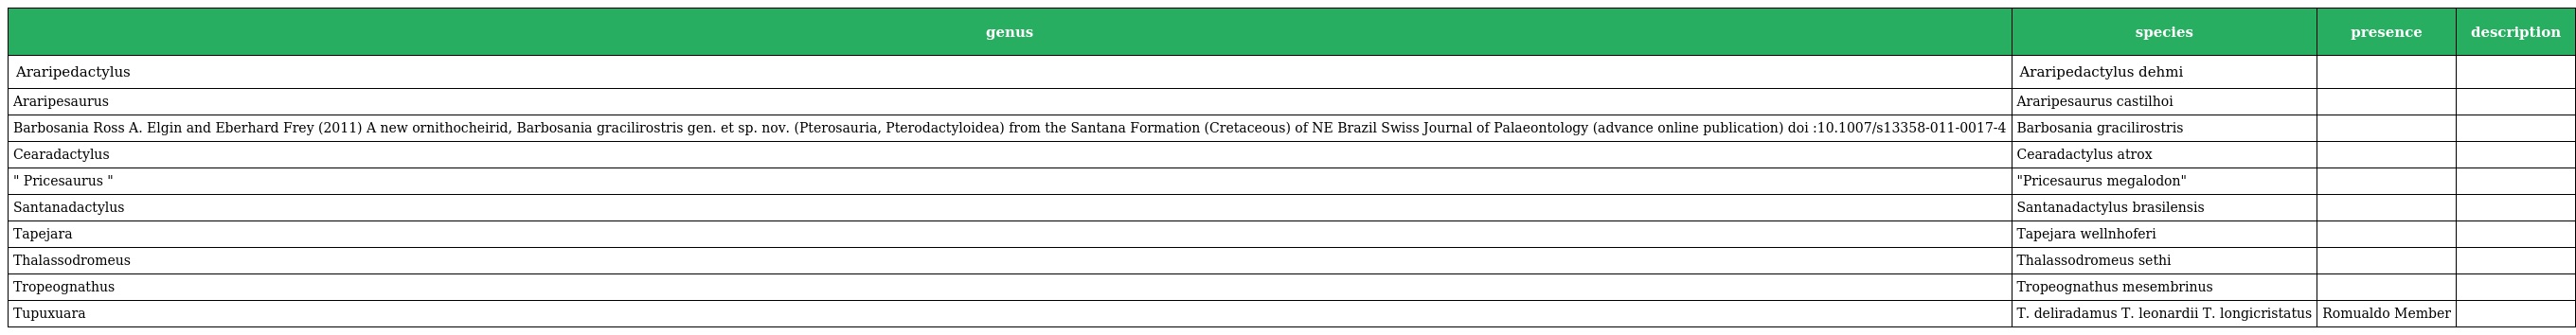
| genus | species | presence | description |
 | --- | --- | --- | --- |
 | Araripedactylus | Araripedactylus dehmi |  |  |
 | Araripesaurus | Araripesaurus castilhoi |  |  |
 | Barbosania Ross A. Elgin and Eberhard Frey (2011) A new ornithocheirid, Barbosania gracilirostris gen. et sp. nov. (Pterosauria, Pterodactyloidea) from the Santana Formation (Cretaceous) of NE Brazil Swiss Journal of Palaeontology (advance online publication) doi :10.1007/s13358-011-0017-4 | Barbosania gracilirostris |  |  |
 | Cearadactylus | Cearadactylus atrox |  |  |
 | " Pricesaurus " | "Pricesaurus megalodon" |  |  |
 | Santanadactylus | Santanadactylus brasilensis |  |  |
 | Tapejara | Tapejara wellnhoferi |  |  |
 | Thalassodromeus | Thalassodromeus sethi |  |  |
 | Tropeognathus | Tropeognathus mesembrinus |  |  |
 | Tupuxuara | T. deliradamus T. leonardii T. longicristatus | Romualdo Member |  |